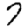
Digit: 7